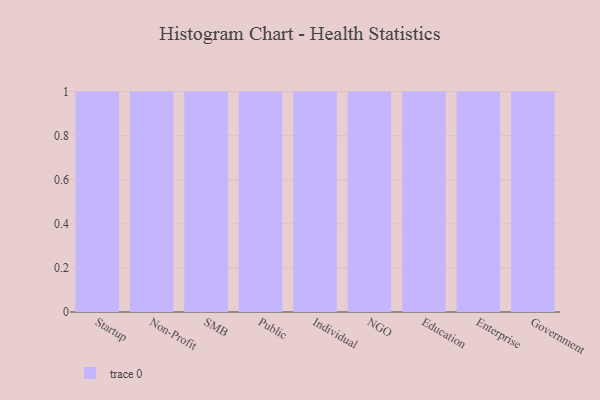
{"axis": {"x": "Segment", "y": "Inventory Turnover"}, "legend": [""], "data": [{"x": "Startup", "y": 21, "type": ""}, {"x": "Non-Profit", "y": 80, "type": ""}, {"x": "SMB", "y": 34, "type": ""}, {"x": "Public", "y": 35, "type": ""}, {"x": "Individual", "y": 66, "type": ""}, {"x": "NGO", "y": 59, "type": ""}, {"x": "Education", "y": 67, "type": ""}, {"x": "Enterprise", "y": 60, "type": ""}, {"x": "Government", "y": 24, "type": ""}]}